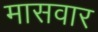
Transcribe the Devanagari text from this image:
मासवार